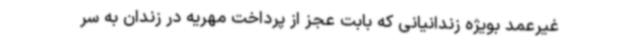
غیرعمد بویژه زندانیانی که بابت عجز از پرداخت مهریه در زندان به سر